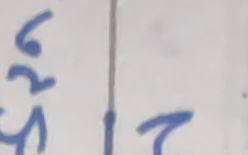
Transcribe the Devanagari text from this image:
७ ६ ५ २